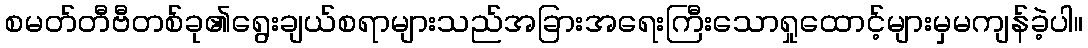
စမတ်တီဗီတစ်ခု၏ရွေးချယ်စရာများသည်အခြားအရေးကြီးသောရှုထောင့်များမှမကျန်ခဲ့ပါ။